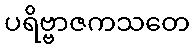
ပရိဗ္ဗာဇကသတေ